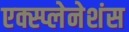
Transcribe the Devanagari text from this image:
एक्स्प्लेनेशंस